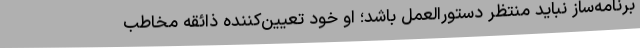
برنامه‌ساز نباید منتظر دستورالعمل باشد؛ او خود تعیین‌کننده ذائقه مخاطب